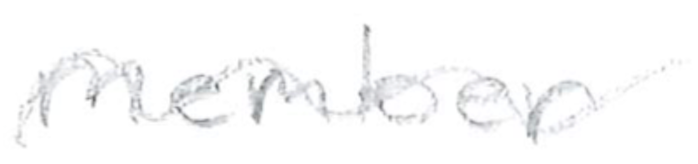
Text: member
Cross-out: wave
Writing tool: pencil